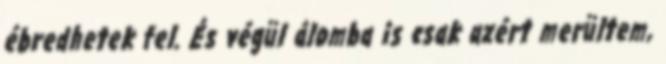
ébredhetek fel. És végül álomba is csak azért merültem,